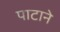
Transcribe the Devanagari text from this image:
पाटाने